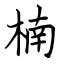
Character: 楠